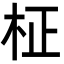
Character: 柾